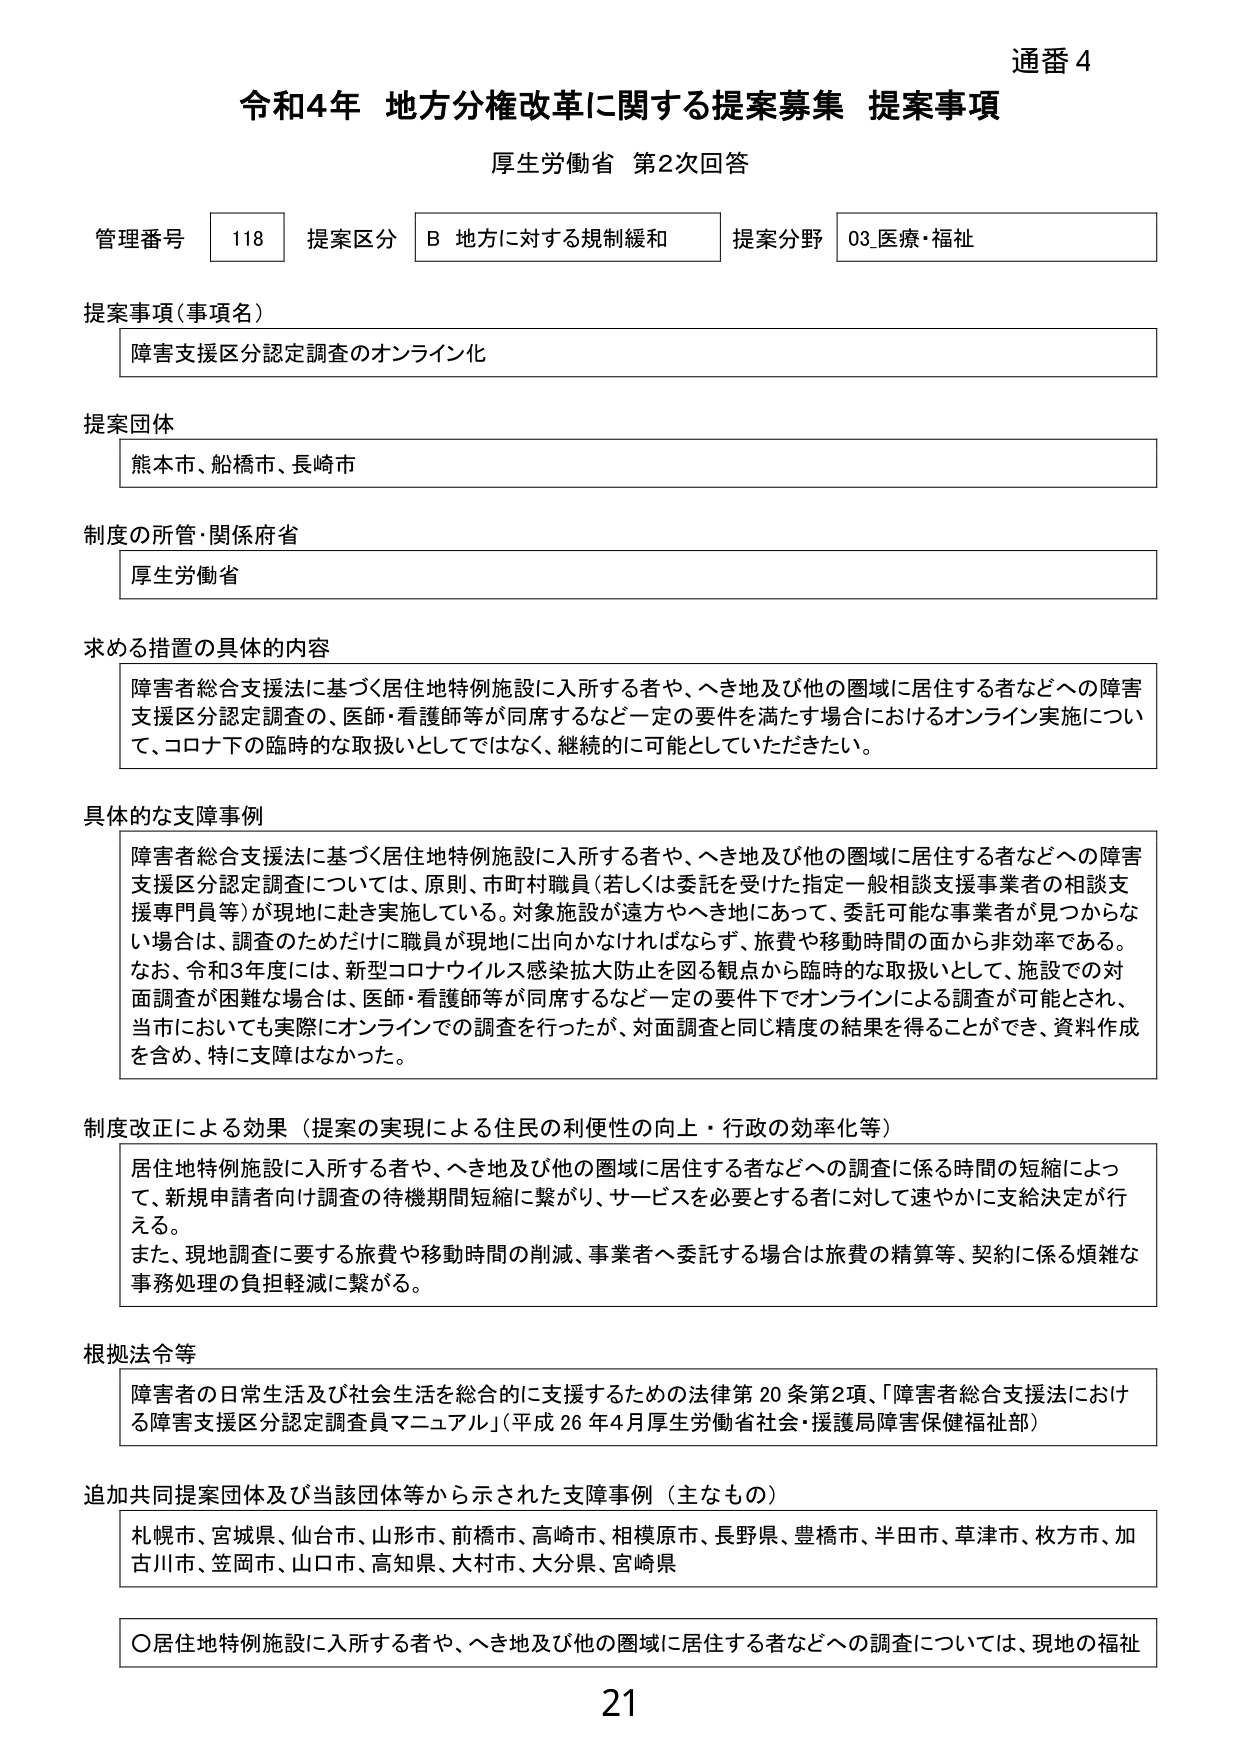
通番 4
令和4年 地方分権改革に関する提案募集 提案事項
厚生労働省 第2次回答

管理番号 118 提案区分 B 地方に対する規制緩和 提案分野 03.医療・福祉

提案事項（事項名）
障害支援区分認定調査のオンライン化

提案団体
熊本市、船橋市、長崎市

制度の所管・関係府省
厚生労働省

求める措置の具体的内容
障害者総合支援法に基づく居住地特例施設に入所する者や、へき地及び他の圏域に居住する者などへの障害支援区分認定調査の、医師・看護師等が同席するなど一定の要件を満たす場合におけるオンライン実施について、コロナ下の臨時的な取扱いとしてではなく、継続的に可能としていただきたい。

具体的な支障事例
障害者総合支援法に基づく居住地特例施設に入所する者や、へき地及び他の圏域に居住する者などへの障害支援区分認定調査については、原則、市町村職員（若しくは委託を受けた指定一般相談支援事業者の相談支援専門員等）が現地に赴き実施している。対象施設が遠方やへき地にあって、委託可能な事業者が見つからない場合は、調査のためだけに職員が現地に出向かなければならず、旅費や移動時間の面から非効率である。なお、令和3年度には、新型コロナウイルス感染拡大防止を図る観点から臨時的な取扱いとして、施設での対面調査が困難な場合は、医師・看護師等が同席するなど一定の要件下でオンラインによる調査が可能とされ、当市においても実際にオンラインでの調査を行ったが、対面調査と同じ精度の結果を得ることができ、資料作成を含め、特に支障はなかった。

制度改正による効果（提案の実現による住民の利便性の向上・行政の効率化等）
居住地特例施設に入所する者や、へき地及び他の圏域に居住する者などへの調査に係る時間の短縮によって、新規申請者向け調査の待機期間短縮に繋がり、サービスを必要とする者に対して速やかに支給決定が行える。
また、現地調査に要する旅費や移動時間の削減、事業者へ委託する場合は旅費の精算等、契約に係る煩雑な事務処理の負担軽減に繋がる。

根拠法令等
障害者の日常生活及び社会生活を総合的に支援するための法律第20条第2項、「障害者総合支援法における障害支援区分認定調査員マニュアル」（平成26年4月厚生労働省社会・援護局障害保健福祉部）

追加共同提案団体及び当該団体等から示された支障事例（主なもの）
札幌市、宮城県、仙台市、山形市、前橋市、高崎市、相模原市、長野県、豊橋市、半田市、草津市、枚方市、加古川市、笠岡市、山口市、高知県、大村市、大分県、宮崎県

〇居住地特例施設に入所する者や、へき地及び他の圏域に居住する者などへの調査については、現地の福祉

21